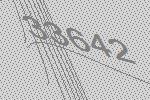
33642